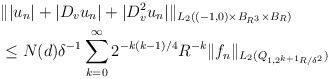
\begin{align*} &\||u_n|+|D_v u_n|+|D_v^2 u_n|\|_{L_2((-1,0)\times B_{R^3}\times B_R)}\\&\le N (d) \delta^{-1} \sum_{k=0}^\infty 2^{-k(k-1)/4}R^{-k}\|f_n\|_{L_2(Q_{1,2^{k+1}R/\delta^2})}\end{align*}